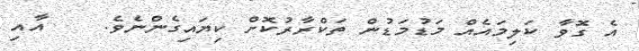
އެ ގޮވާ ކަލިމައެއް މަޑުމަޑުން ތަކްރާރުކޮށް ކިޔައިގެންނެވެ.    އާއި